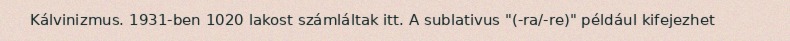
Kálvinizmus. 1931-ben 1020 lakost számláltak itt. A sublativus "(-ra/-re)" például kifejezhet